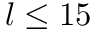
l \leq 1 5